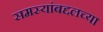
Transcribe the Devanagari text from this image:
समस्यांबद्दलच्या